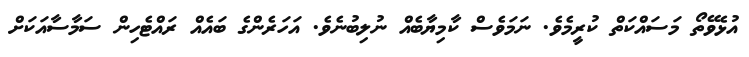
އުޅެވޭތޯ މަސައްކަތް ކުރީމެވެ. ނަމަވެސް ކާމިޔާބެއް ނުލިބުނެވެ. އަހަރެންގެ ބައެއް ރައްޓެހިން ސަމާސާއަކަށް